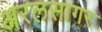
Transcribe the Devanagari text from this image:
अरलसागर